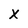
Character: X